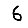
Digit: 6